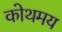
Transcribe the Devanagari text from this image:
कोथमय